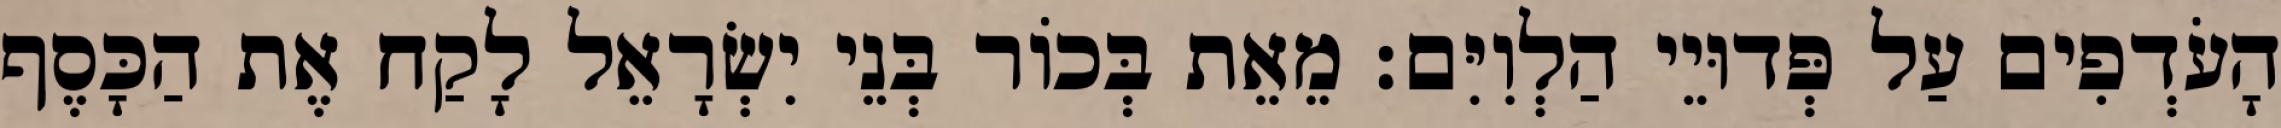
הָעֹדְפִים עַל פְּדוּיֵי הַלְוִיִּם׃ מֵאֵת בְּכוֹר בְּנֵי יִשְׂרָאֵל לָקַח אֶת הַכָּסֶף